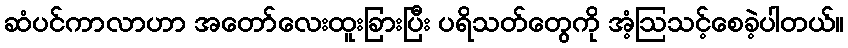
ဆံပင်ကာလာဟာ အတော်လေးထူးခြားပြီး ပရိသတ်တွေကို အံ့ဩသင့်စေခဲ့ပါတယ်။